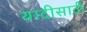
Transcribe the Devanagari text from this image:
यादीसाठी